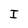
Character: I